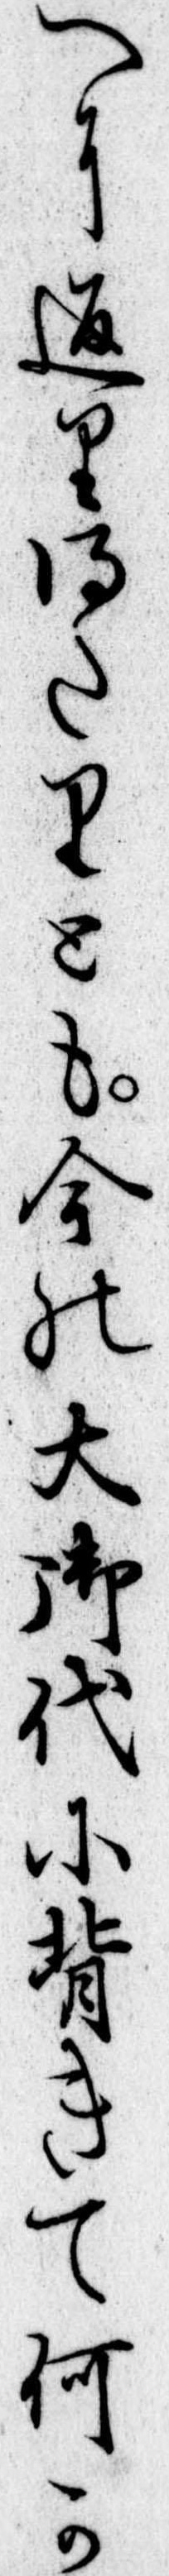
へに返り得たりとも今の大御代に背きて何か